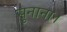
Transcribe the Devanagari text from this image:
सुनाना।